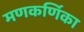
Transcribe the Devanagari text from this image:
मणकर्णिका